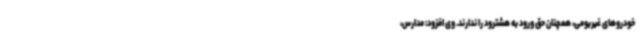
خودروهای غیربومی، همچنان حق ورود به هشترود را ندارند. وی افزود: مدارس،